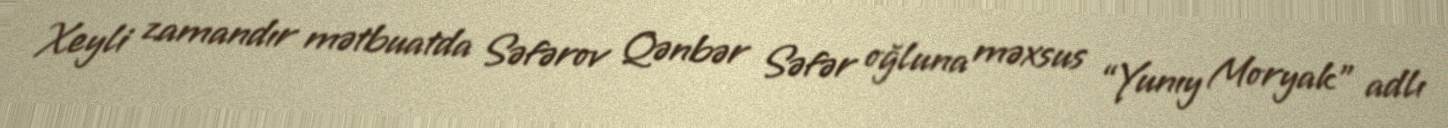
Xeyli zamandır mətbuatda Səfərov Qənbər Səfər oğluna məxsus “Yunıy Moryak” adlı